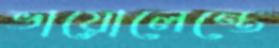
ভায়োলেন্তে